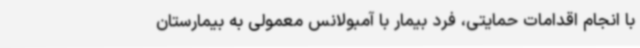
با انجام اقدامات حمایتی، فرد بیمار با آمبولانس معمولی به بیمارستان